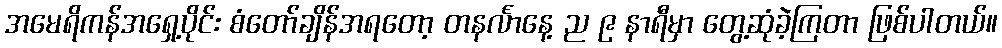
အမေရိကန်အရှေ့ပိုင်း စံတော်ချိန်အရတော့ တနင်္လာနေ့ ည ၉ နာရီမှာ တွေ့ဆုံခဲ့ကြတာ ဖြစ်ပါတယ်။